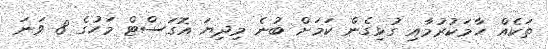
ތަކެއް ހާމަކުރުމާއި ގުޅިގެން ކަމަށް ބުނެ މިދިޔަ އޮގަސްޓް މަހުގެ 8 ވަނަ